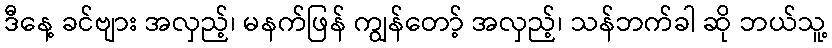
ဒီနေ့ ခင်ဗျား အလှည့်၊ မနက်ဖြန် ကျွန်တော့် အလှည့်၊ သန်ဘက်ခါ ဆို ဘယ်သူ့